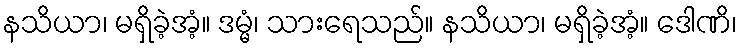
နသိယာ၊ မရှိခဲ့အံ့။ ဒမ္မံ၊ သားရေသည်။ နသိယာ၊ မရှိခဲ့အံ့။ ဒေါဏိ၊